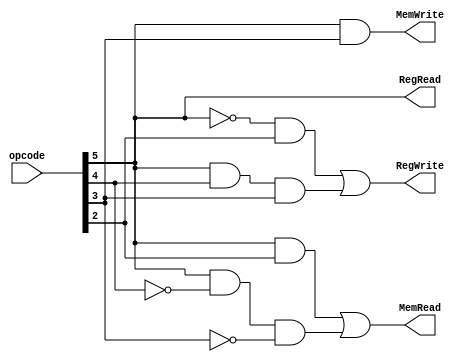
module control_unit(RegRead, RegWrite, MemRead, MemWrite, opcode);
	
	output RegRead, RegWrite, MemRead, MemWrite;
	input [5:0] opcode;
	
	wire a1, a2, a22, a3, a4, a44, n0, n1, n2;
	
	not(n0, opcode[5]);
	and(a1, n0, opcode[2]);
	and(a2, opcode[5], opcode[4]);
	and(a22, a2, opcode[3]);
	or(RegWrite, a1, a22);

	or(RegRead, opcode[5], opcode[5]);
	
	and(a3, opcode[5], opcode[2]);
	not(n1, opcode[4]);
	not(n2, opcode[3]);
	and(a4, opcode[5], n1);
	and(a44, a4, n2);
	or(MemRead, a3, a44);
	
	and(MemWrite, opcode[5], opcode[3]);
	
endmodule